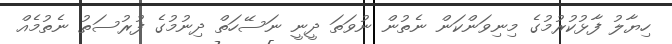
ހިޔާލު ފާޅުކުރުމުގެ މިނިވަންކަން ނެތުން ނުވަތަ ދީނީ ނަސޭހަތް ދިނުމުގެ ފުރުސަތު ނެތުމެއް